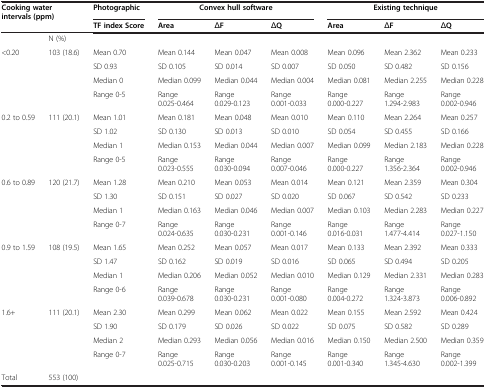
<table><thead><tr><td colspan="2"><b>Cooking water intervals (ppm)</b></td><td><b>Photographic</b></td><td colspan="3"><b>Convex hull software</b></td><td colspan="3"><b>Existing technique</b></td></tr><tr><td colspan="2"><b> </b></td><td><b>TF index Score</b></td><td><b>Area</b></td><td><b>ΔF</b></td><td><b>ΔQ</b></td><td><b>Area</b></td><td><b>ΔF</b></td><td><b>ΔQ</b></td></tr></thead><tbody><tr><td> </td><td>N (%)</td><td> </td><td> </td><td> </td><td> </td><td> </td><td> </td><td> </td></tr><tr><td rowspan="4">&lt;0.20</td><td rowspan="4">103 (18.6)</td><td>Mean 0.70</td><td>Mean 0.144</td><td>Mean 0.047</td><td>Mean 0.008</td><td>Mean 0.096</td><td>Mean 2.362</td><td>Mean 0.233</td></tr><tr><td>SD 0.93</td><td>SD 0.105</td><td>SD 0.014</td><td>SD 0.007</td><td>SD 0.050</td><td>SD 0.482</td><td>SD 0.156</td></tr><tr><td>Median 0</td><td>Median 0.099</td><td>Median 0.044</td><td>Median 0.004</td><td>Median 0.081</td><td>Median 2.255</td><td>Median 0.228</td></tr><tr><td>Range 0-5</td><td>Range 0.025-0.464</td><td>Range 0.029-0.123</td><td>Range 0.001-0.033</td><td>Range 0.000-0.227</td><td>Range 1.294-2.983</td><td>Range 0.002-0.946</td></tr><tr><td rowspan="4">0.2 to 0.59</td><td rowspan="4">111 (20.1)</td><td>Mean 1.01</td><td>Mean 0.181</td><td>Mean 0.048</td><td>Mean 0.010</td><td>Mean 0.110</td><td>Mean 2.264</td><td>Mean 0.257</td></tr><tr><td>SD 1.02</td><td>SD 0.130</td><td>SD 0.013</td><td>SD 0.010</td><td>SD 0.054</td><td>SD 0.455</td><td>SD 0.166</td></tr><tr><td>Median 1</td><td>Median 0.153</td><td>Median 0.044</td><td>Median 0.007</td><td>Median 0.099</td><td>Median 2.183</td><td>Median 0.228</td></tr><tr><td>Range 0-5</td><td>Range 0.023-0.555</td><td>Range 0.030-0.094</td><td>Range 0.007-0.046</td><td>Range 0.000-0.227</td><td>Range 1.356-2.364</td><td>Range 0.002-0.946</td></tr><tr><td rowspan="4">0.6 to 0.89</td><td rowspan="4">120 (21.7)</td><td>Mean 1.28</td><td>Mean 0.210</td><td>Mean 0.053</td><td>Mean 0.014</td><td>Mean 0.121</td><td>Mean 2.359</td><td>Mean 0.304</td></tr><tr><td>SD 1.30</td><td>SD 0.151</td><td>SD 0.027</td><td>SD 0.020</td><td>SD 0.067</td><td>SD 0.542</td><td>SD 0.233</td></tr><tr><td>Median 1</td><td>Median 0.163</td><td>Median 0.046</td><td>Median 0.007</td><td>Median 0.103</td><td>Median 2.283</td><td>Median 0.227</td></tr><tr><td>Range 0-7</td><td>Range 0.024-0.635</td><td>Range 0.030-0.231</td><td>Range 0.001-0.146</td><td>Range 0.016-0.031</td><td>Range 1.477-4.414</td><td>Range 0.027-1.150</td></tr><tr><td rowspan="4">0.9 to 1.59</td><td rowspan="4">108 (19.5)</td><td>Mean 1.65</td><td>Mean 0.252</td><td>Mean 0.057</td><td>Mean 0.017</td><td>Mean 0.133</td><td>Mean 2.392</td><td>Mean 0.333</td></tr><tr><td>SD 1.47</td><td>SD 0.162</td><td>SD 0.019</td><td>SD 0.016</td><td>SD 0.065</td><td>SD 0.494</td><td>SD 0.205</td></tr><tr><td>Median 1</td><td>Median 0.206</td><td>Median 0.052</td><td>Median 0.010</td><td>Median 0.129</td><td>Median 2.331</td><td>Median 0.283</td></tr><tr><td>Range 0-6</td><td>Range 0.039-0.678</td><td>Range 0.030-0.231</td><td>Range 0.001-0.080</td><td>Range 0.004-0.272</td><td>Range 1.324-3.873</td><td>Range 0.006-0.892</td></tr><tr><td rowspan="4">1.6+</td><td rowspan="4">111 (20.1)</td><td>Mean 2.30</td><td>Mean 0.299</td><td>Mean 0.062</td><td>Mean 0.022</td><td>Mean 0.155</td><td>Mean 2.592</td><td>Mean 0.424</td></tr><tr><td>SD 1.90</td><td>SD 0.179</td><td>SD 0.026</td><td>SD 0.022</td><td>SD 0.075</td><td>SD 0.582</td><td>SD 0.289</td></tr><tr><td>Median 2</td><td>Median 0.293</td><td>Median 0.056</td><td>Median 0.016</td><td>Median 0.150</td><td>Median 2.500</td><td>Median 0.359</td></tr><tr><td>Range 0-7</td><td>Range 0.025-0.715</td><td>Range 0.030-0.203</td><td>Range 0.001-0.145</td><td>Range 0.001-0.340</td><td>Range 1.345-4.630</td><td>Range 0.002-1.399</td></tr><tr><td>Total</td><td>553 (100)</td><td> </td><td> </td><td> </td><td> </td><td> </td><td> </td><td> </td></tr></tbody></table>